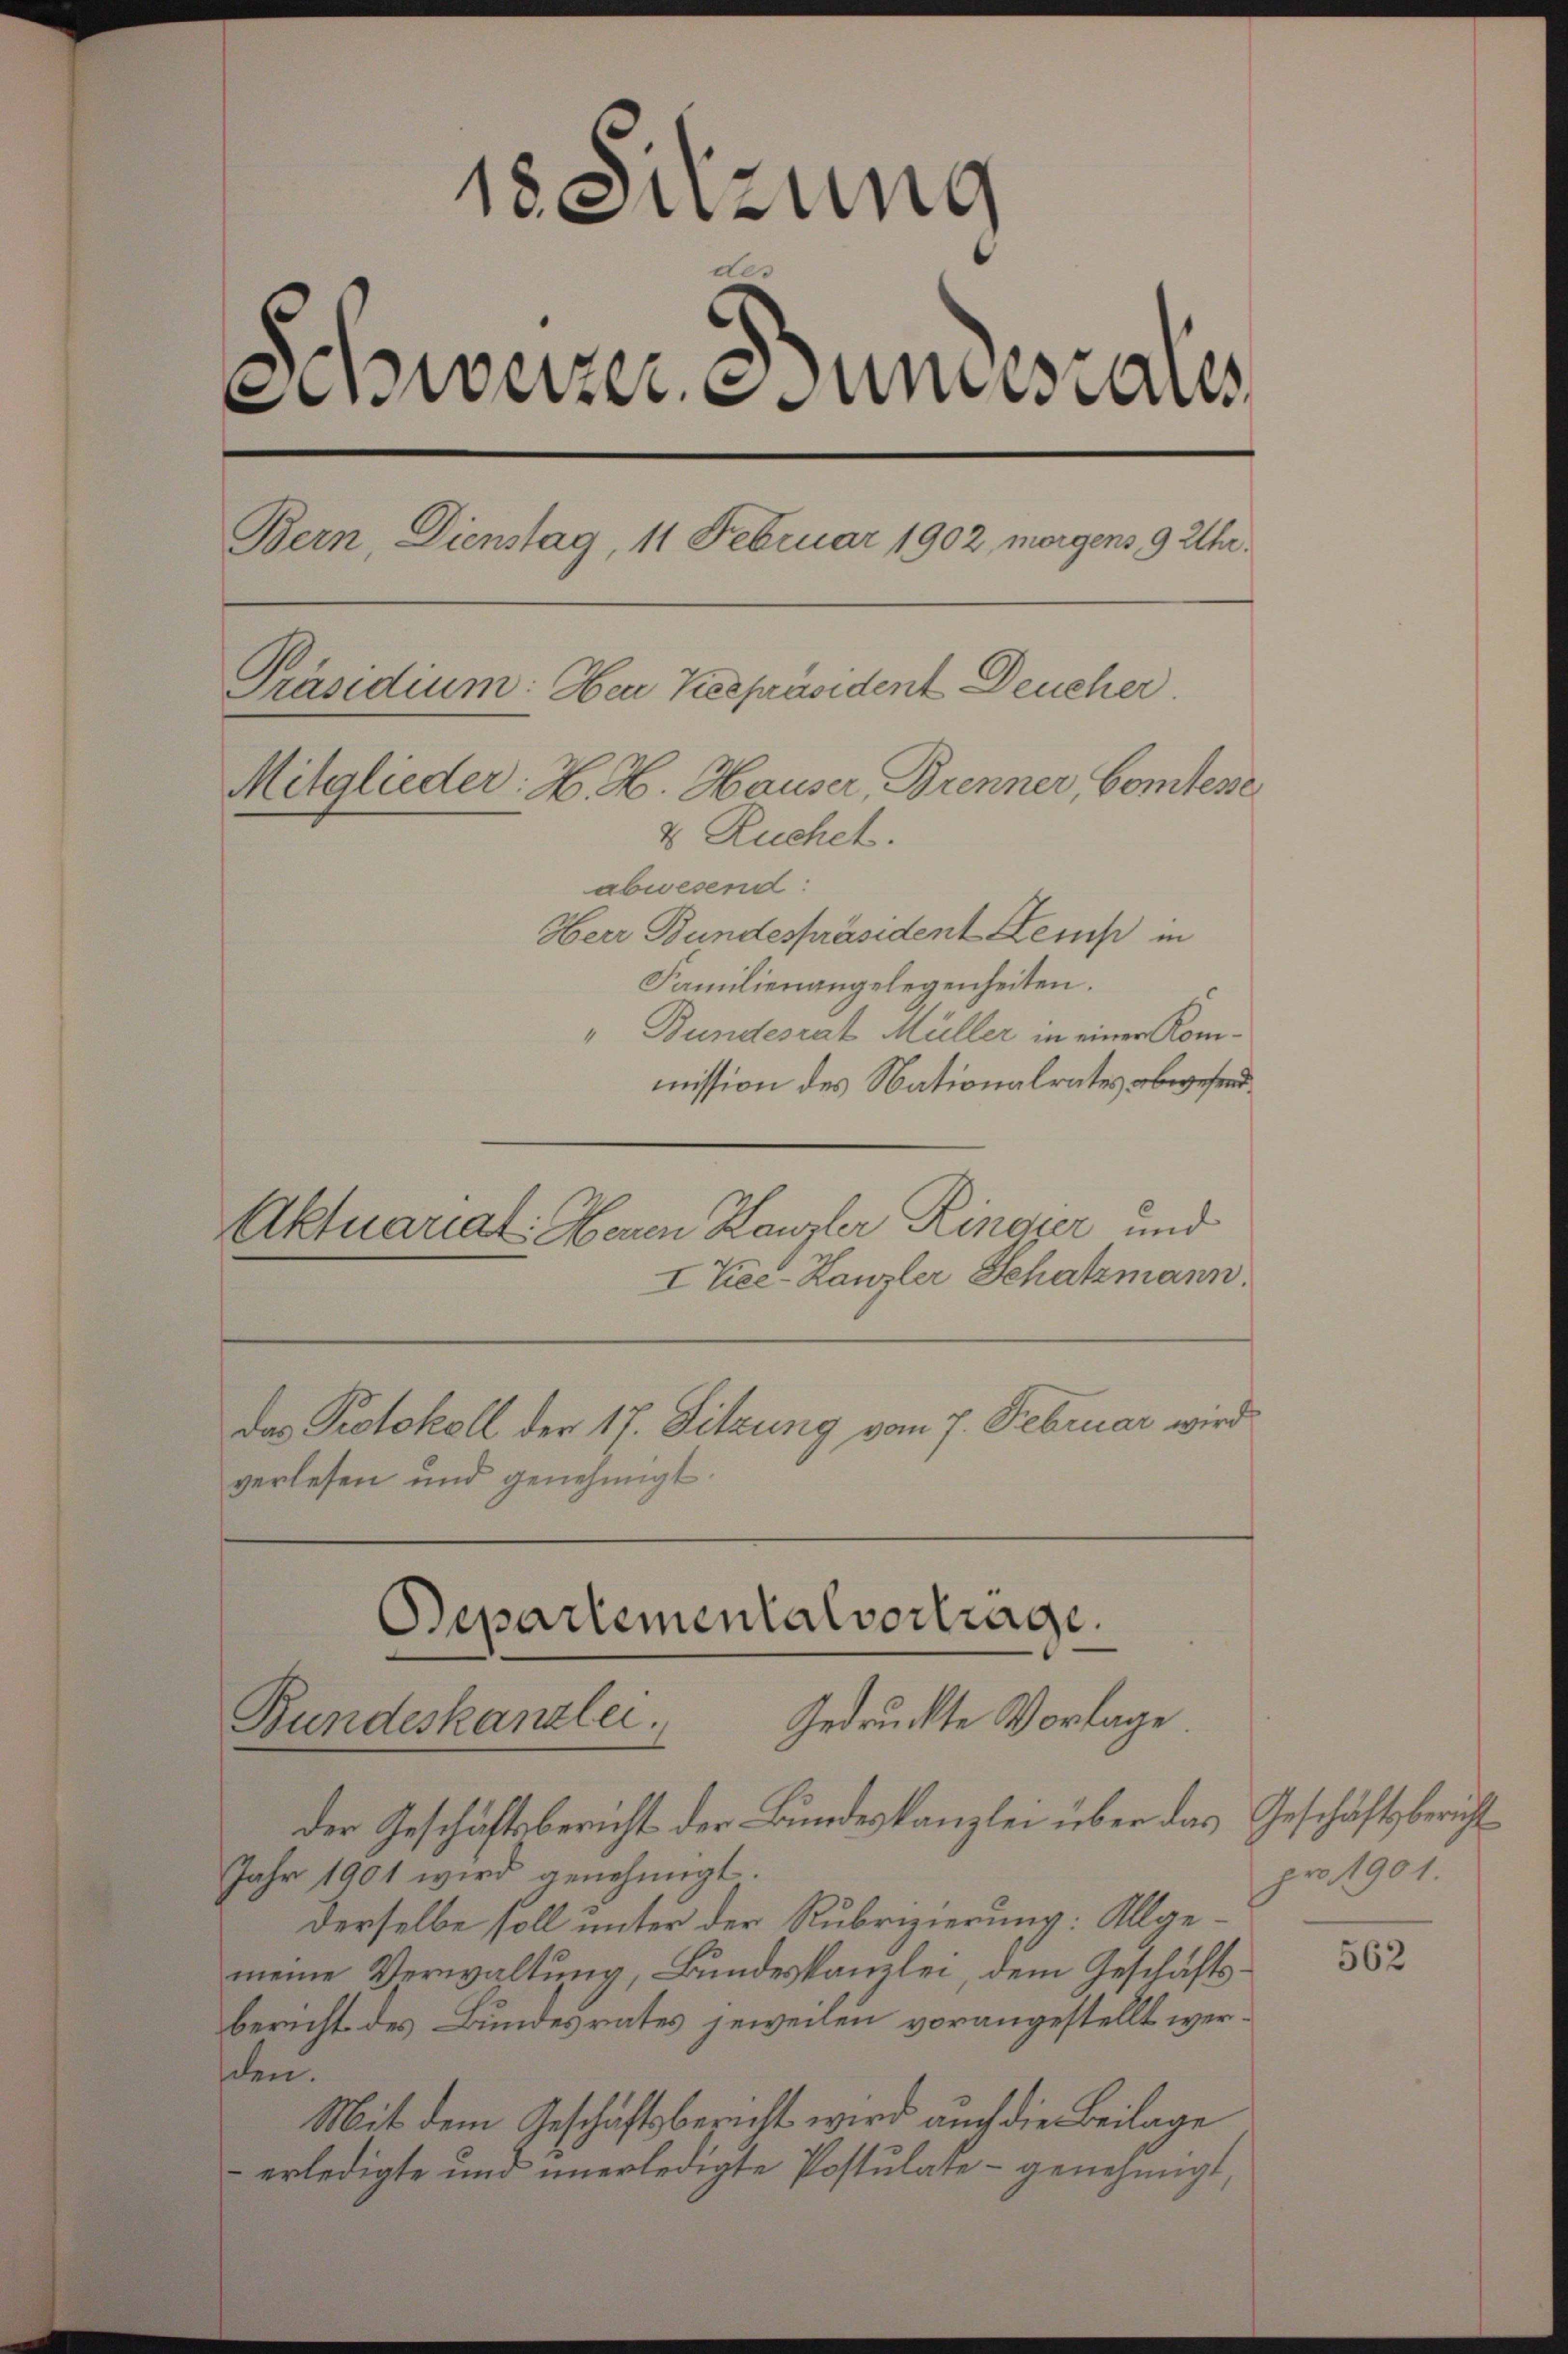
18 Sitzung
Sinweizer unerals
Bern, Dienstag, 11 Februar 1902 morgens 9 Uhr.
Präsidium: Herr Bespräsident Deucher.
Mitglieder: H. H. Hauser, Brenner, Comtesse
8 Ruchet.
abwesend:
Herr Bundespräsident Lerus in
Familienangelegenheiten.
" Bundesrat Müller in einer Kommission des Nationalrates abwesend

Aktuarial: Herren Kanzler Ringier und
I Vice-Kanzler Schatzmann.
Das Protokoll der 17. Sitzung vom 7. Februar wird
verlesen und genehmigt.

Departemental vortrage.
Gedruckte Vorlage.
Bundeskanzlei

der Geschäftsbericht der Bundeskanzlei über das Geschäftsbericht
Jahr 1901 wird genehmigt.
derselbe soll unter der Rubrizierung: Allgemeine Verwaltung, Bundeskanzlei, dem Geschäftsbericht des Bundesrates jeweilen vorangestellt werschen.
Mit dem Geschäftsbericht wird auch die Beilage
erledigte und unerledigte Postulate - genehmigt,

pro 1901.

562